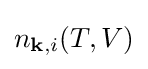
{\textstyle n_{\mathbf {k} ,i}(T,V)}